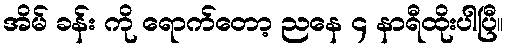
အိမ် ခန်း ကို ရောက်တော့ ညနေ ၄ နာရီထိုးပါပြီ။